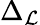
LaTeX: \Delta_{\mathcal{L}}